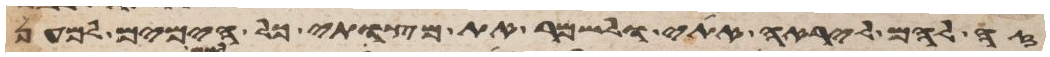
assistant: זה להם ליראה אתי ולשמר את מצותי כל הימים למען